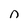
Character: n